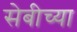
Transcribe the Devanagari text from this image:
सेबीच्या